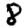
Digit: 8